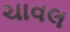
ચાવલ